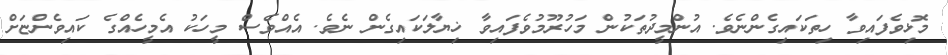
މޮޅިވެފައިވާ ހިތަކައިގެންނެވެ. އުންމީދުތަކުން މަހުރޫމުވެފައިވާ ޚިޔާލަކައިގެން ނެވެ. އެއްވެސް މީހަކު އެމީހެއްގެ ކައިވެންޏަށް